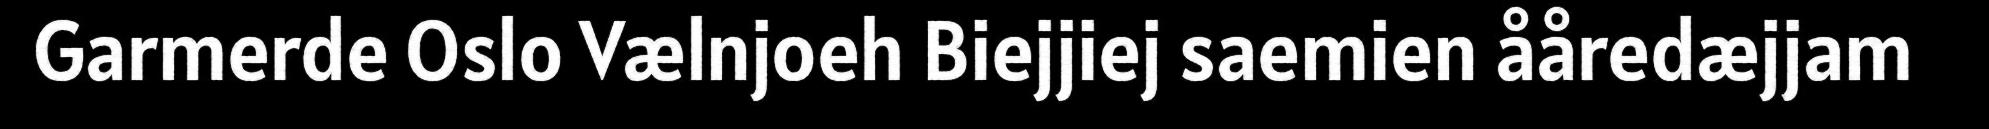
Garmerde Oslo Vælnjoeh Biejjiej saemien ååredæjjam